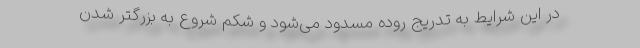
در این شرایط به تدریج روده مسدود می‌شود و شکم شروع به بزرگتر شدن